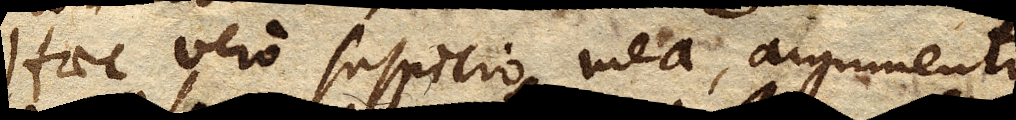
Haec vero suspicio mea, argumento